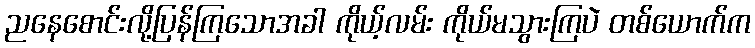
ညနေစောင်းလို့ပြန်ကြသောအခါ ကိုယ့်လမ်း ကိုယ်မသွားကြပဲ တစ်ယောက်က